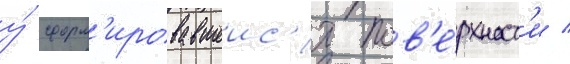
у́ сформ'ировавшеис'я пов'е́рхност'и /